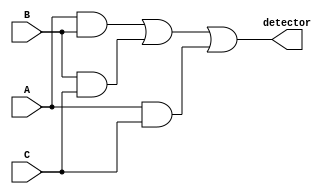
module majority_detector(detector, A,B,C);// design for majority function
  input A,B,C;
  output detector;
  wire W1,W2,W3;
  
  and(W1,A,B);
  and(W2,B,C);
  and(W3,A,C);
  or(detector, W1,W2,W3);
  
endmodule